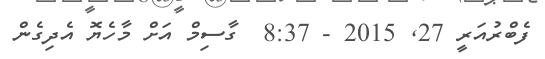
ފެބްރުއަރީ 27